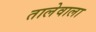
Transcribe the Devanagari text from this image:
तालेवाला